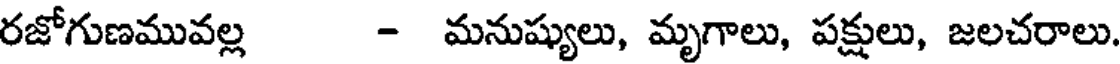
రజోగుణమువల్ల - మనుష్యులు, మృగాలు, పక్షులు, జలచరాలు.